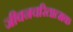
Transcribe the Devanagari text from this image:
जीवनचरितात्मक